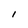
Character: l